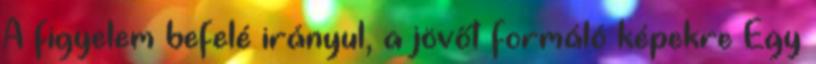
A figyelem befelé irányul, a jövőt formáló képekre Egy